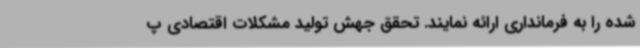
شده را به فرمانداری ارائه نمایند. تحقق جهش تولید مشکلات اقتصادی پ